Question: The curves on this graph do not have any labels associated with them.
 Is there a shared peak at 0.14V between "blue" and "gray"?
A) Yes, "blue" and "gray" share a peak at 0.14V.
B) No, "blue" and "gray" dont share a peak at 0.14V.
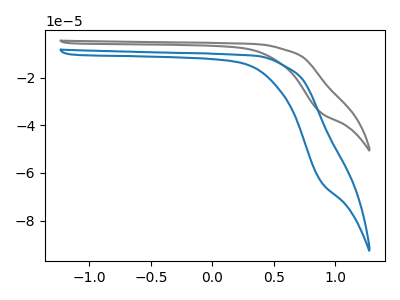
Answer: <think>The gray curve "gray" has no peaks. The blue curve "blue" has no peaks.</think>
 <answer>B) No, "blue" and "gray" dont share a peak at 0.14V.</answer>
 <eval>B</eval>